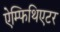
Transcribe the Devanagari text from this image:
ऐम्फिथिएटर